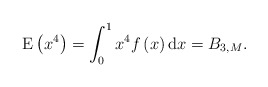
\begin{align*}\mathrm{E} \left( x^4 \right) = \int_0^1 x^4 f\left(x \right)\mathrm{d} x = B_{3,M}. \end{align*}